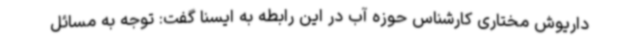
داریوش مختاری کارشناس حوزه آب در این رابطه به ایسنا گفت: توجه به مسائل